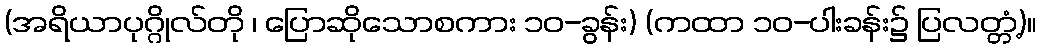
(အရိယာပုဂ္ဂိုလ်တို ၊ ပြောဆိုသောစကား ၁၀-ခွန်း) (ကထာ ၁၀-ပါးခန်း၌ ပြလတ္တံ့)။